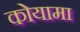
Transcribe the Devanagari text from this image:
कोयामा